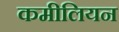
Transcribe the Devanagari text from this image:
कमीलियन